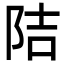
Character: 𮥁